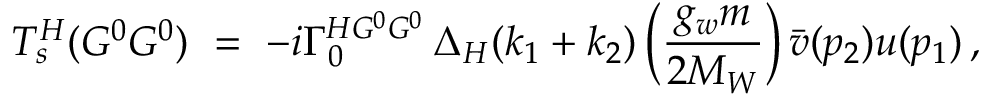
{ \cal T } _ { s } ^ { H } ( G ^ { 0 } G ^ { 0 } ) \ = \ - i \Gamma _ { 0 } ^ { H G ^ { 0 } G ^ { 0 } } \, \Delta _ { H } ( k _ { 1 } + k _ { 2 } ) \, \Big ( \frac { g _ { w } m } { 2 M _ { W } } \Big ) \, \bar { v } ( p _ { 2 } ) u ( p _ { 1 } ) \, ,